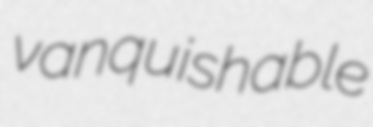
vanquishable